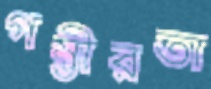
গম্ভীরতা